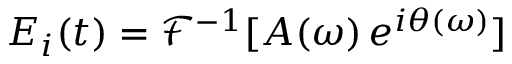
E _ { i } ( t ) = \mathcal { F } ^ { - 1 } [ A ( \omega ) \, e ^ { i \theta ( \omega ) } ]